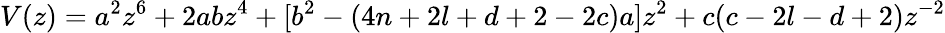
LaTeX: V(z)=a^{2}z^{6}+2abz^{4}+[b^{2}-(4n+2l+d+2-2c)a]z^{2}+c(c-2l-d+2)z^{-2}